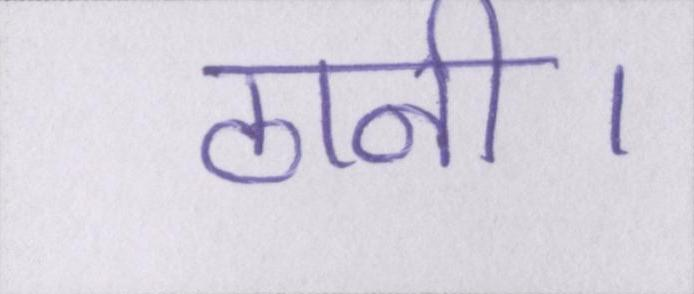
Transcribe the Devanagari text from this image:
ठानी।